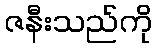
ဇနီးသည်ကို